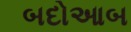
બદોઆબ